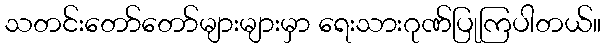
သတင်းတော်တော်များများမှာ ရေးသားဂုဏ်ပြုကြပါတယ်။